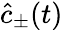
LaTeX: \hat{c}_{\pm}(t)